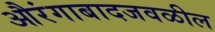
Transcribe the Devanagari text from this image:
औरंगाबादजवळील